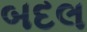
બદલ